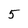
Character: 5